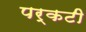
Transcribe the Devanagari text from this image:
पर्कटी